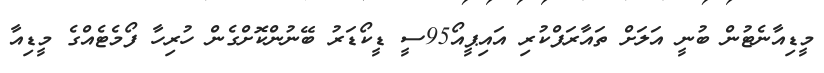
މީޑިއާނެޓުން ބުނީ އަލަށް ތައާރަފްކުރި އައިޕީއޯ95ސީ ޑީކޯޑަރު ބޭނުންކޮށްގެން ހުރިހާ ފޯމެޓެއްގެ މީޑިއާ